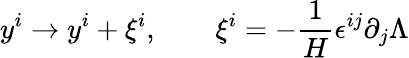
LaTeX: y^{i}\to y^{i}+\xi^{i},\qquad{\xi^{i}=-\frac{1}{H}\epsilon^{ij}\partial_{j}\Lambda}